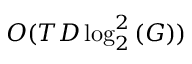
O ( T D \log _ { 2 } ^ { 2 } { ( G ) } )